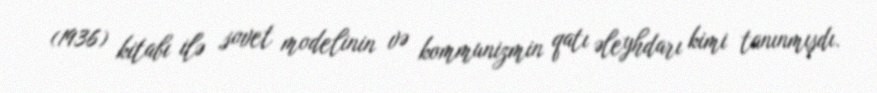
(1936) kitabı ilə sovet modelinin və kommunizmin qatı əleyhdarı kimi tanınmışdı.